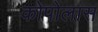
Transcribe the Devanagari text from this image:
कोपोलास